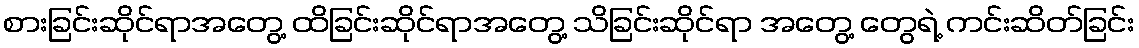
စားခြင်းဆိုင်ရာအတွေ့ ထိခြင်းဆိုင်ရာအတွေ့ သိခြင်းဆိုင်ရာ အတွေ့ တွေရဲ့ ကင်းဆိတ်ခြင်း